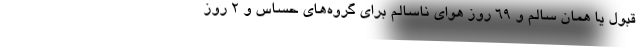
قبول یا همان سالم و ۶۹ روز هوای ناسالم برای گروه‌های حساس و ٢ روز